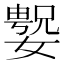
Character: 𫱲